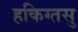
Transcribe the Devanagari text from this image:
हकिग्तसु